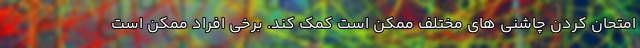
امتحان کردن چاشنی های مختلف ممکن است کمک کند. برخی افراد ممکن است